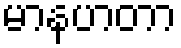
မာနဟတာ